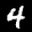
Label: 4